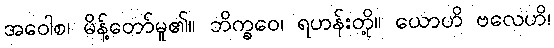
အဝေါစ၊ မိန့်တော်မူ၏။ ဘိက္ခဝေ၊ ရဟန်းတို့။ ယောဟိ ဗလေဟိ၊